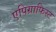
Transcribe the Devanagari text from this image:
एपिग्राफिस्ट